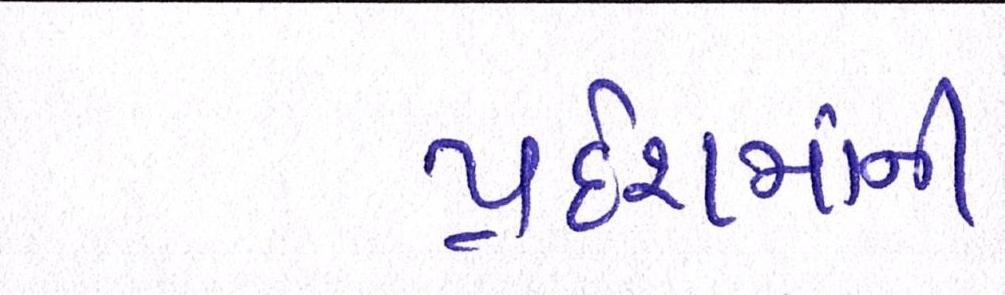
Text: પ્રદેશમાંની